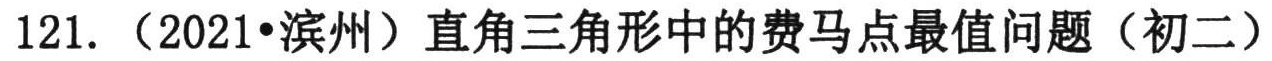
121.（2021•滨州）直角三角形中的费马点最值问题（初二）